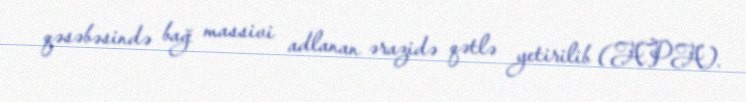
qəsəbəsində bağ massivi adlanan ərazidə qətlə yetirilib (APA).